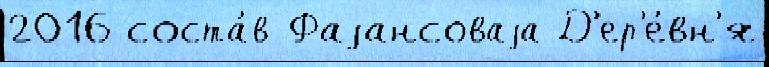
2016 соста́в Фаjансоваjа Д'ер'е́вн'я